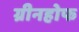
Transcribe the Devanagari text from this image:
ग्रीनहोफ